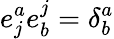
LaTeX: e_{j}^{a}e_{b}^{j}=\delta_{b}^{a}